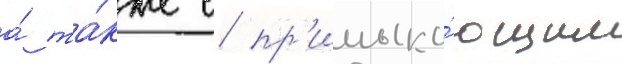
а́ та́кже с пр'имыка́ющим